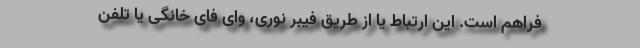
فراهم است. این ارتباط یا از طریق فیبر نوری، وای فای خانگی یا تلفن